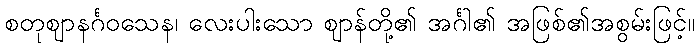
စတုဈာနင်္ဂဝသေန၊ လေးပါးသော ဈာန်တို့၏ အင်္ဂါ၏ အဖြစ်၏အစွမ်းဖြင့်။